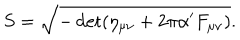
LaTeX: S = \sqrt { - \det ( \eta _ { \mu \nu } + 2 \pi \alpha ^ { \prime } F _ { \mu \nu } ) } .